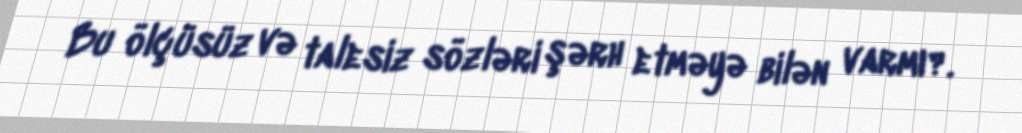
Bu ölçüsüz və talesiz sözləri şərh etməyə bilən varmı?.